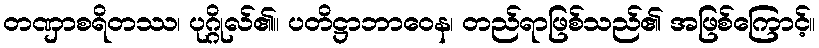
တဏှာစရိတဿ၊ ပုဂ္ဂိုလ်၏။ ပတိဋ္ဌာဘာဝေန၊ တည်ရာဖြစ်သည်၏ အဖြစ်ကြောင့်။